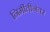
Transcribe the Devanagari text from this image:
निर्मीतीनंतर